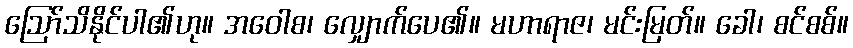
ဩော်သိနိုင်ပါ၏ဟု။ အဝေါစ၊ လျှောက်ပေ၏။ မဟာရာဇ၊ မင်းမြတ်။ ခေါ၊ စင်စစ်။